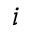
i